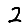
Digit: 2